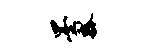
墨瓢